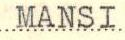
MANSI